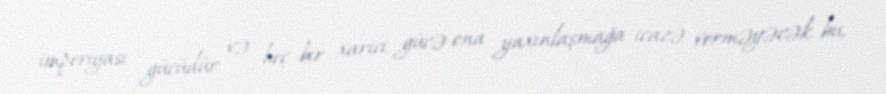
imperiyası gücüdür və heç bir xarici gücə ona yaxınlaşmağa icazə verməyəcək, bu,